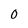
Character: 0